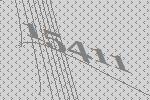
15411